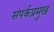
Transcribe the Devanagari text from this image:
संपर्कप्रमुख